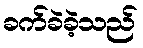
ခက်ခဲခဲ့သည်